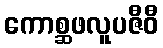
ကောစ္ဆဖလူပဇီဝီ